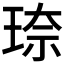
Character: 𪻦